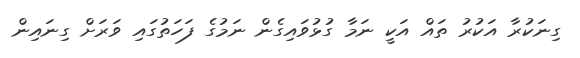
ގިނަކުރާ އަކުރު ތައް އަކީ ނަމާ ގުޅުވައިގެން ނަމުގެ ފަހަތުގައި ވަރަށް ގިނައިން